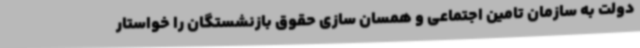
دولت به سازمان تامین اجتماعی و همسان سازی حقوق بازنشستگان را خواستار